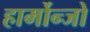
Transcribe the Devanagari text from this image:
हार्मोन्जो